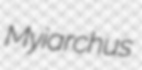
Myiarchus